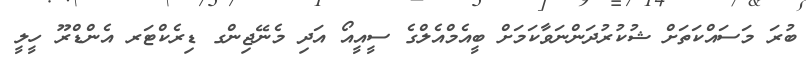
ބުރަ މަސައްކަތަށް ޝުކުރުދަންނަވާކަމަށް ބީއެމްއެލްގެ ސީއީއޯ އަދި މެނޭޖިންގ ޑިރެކްޓަރ އެންޑްރޫ ހީލީ